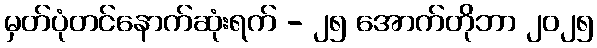
မှတ်ပုံတင်နောက်ဆုံးရက် - ၂၅ အောက်တိုဘာ ၂၀၂၅